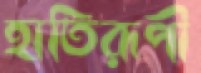
হাতিরূপী